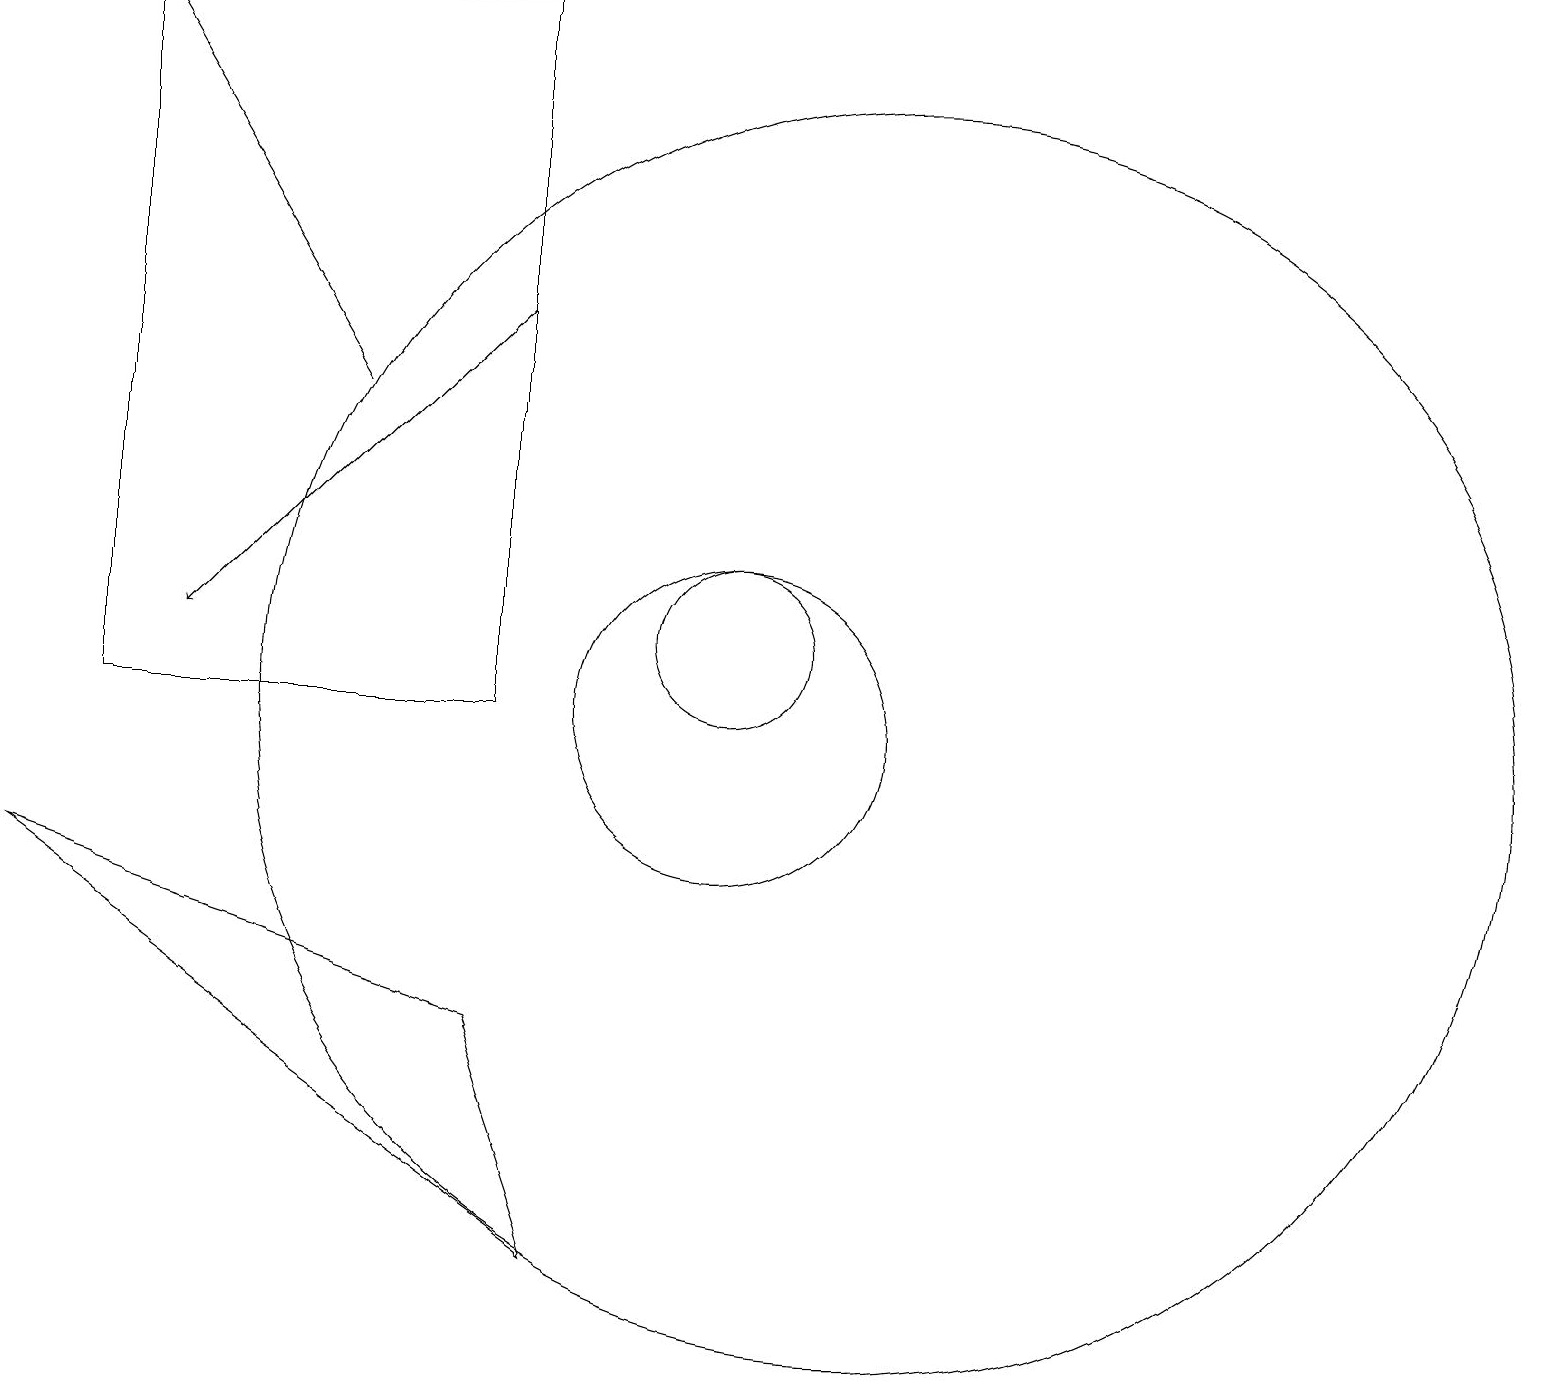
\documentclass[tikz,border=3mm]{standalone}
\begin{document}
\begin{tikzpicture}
\draw (12,10) circle (8);
\draw (7,19) rectangle (2,10);
\draw[->] (5,14) -- (2,19);
\draw (10,10) circle (2);
\draw (1,8) -- (8,3) -- (7,6) -- cycle;
\draw (10,11) circle (1);
\draw[->] (7,15) -- (3,11);
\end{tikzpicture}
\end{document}